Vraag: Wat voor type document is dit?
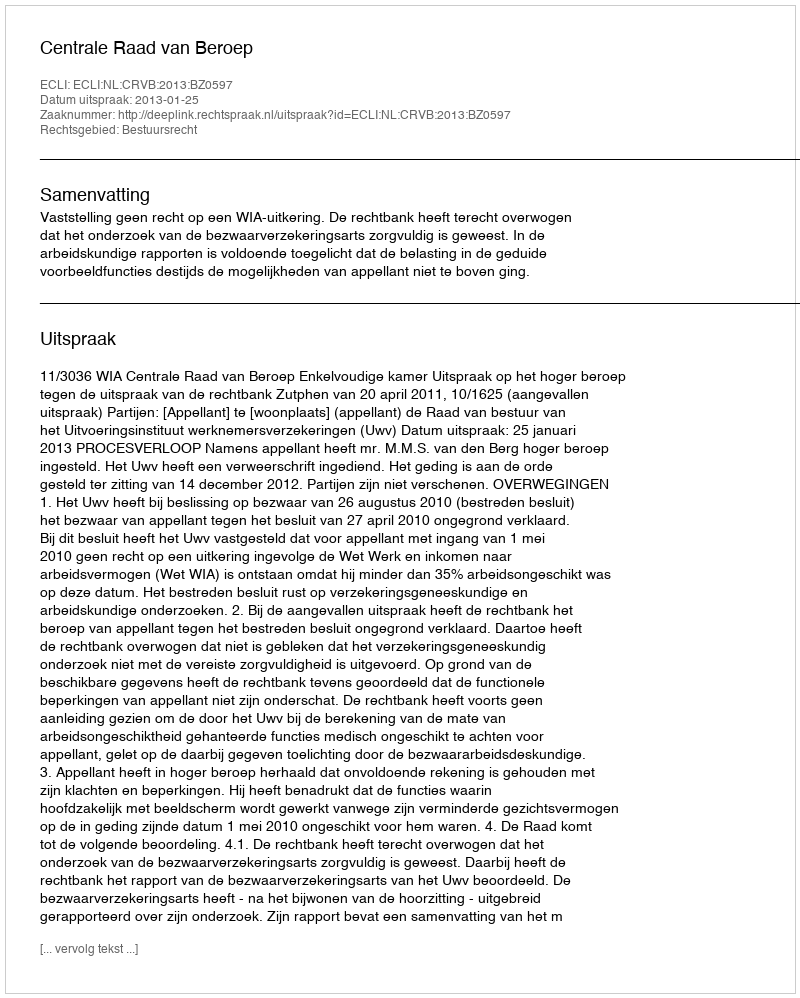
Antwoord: Uitspraak